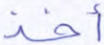
أخذ